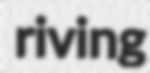
riving